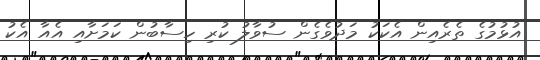
އުޅުމުގެ ތެރެއިން އެކަކު މަދުވެގެން ސުވާލު ކުރި ހިސާބުން ކަމަށާއި އެއާ އެކު